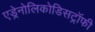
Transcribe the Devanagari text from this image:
एड्रेनोलिकोडिसट्रॉफी